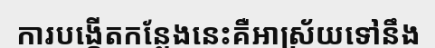
ការបង្កើតកន្លែងនេះគឺអាស្រ័យទៅនឹង